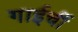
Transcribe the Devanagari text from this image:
गाईचीं